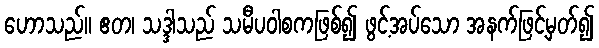
ဟောသည်။ ဧတ၊ သဒ္ဒါသည် သမီပဝါစကဖြစ်၍ ဖွင့်အပ်သော အနက်ဖြင့်မှတ်၍